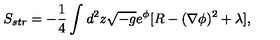
S _ { s t r } = - { \frac { 1 } { 4 } } \int _ { } ^ { } d ^ { 2 } z \sqrt { - g } e ^ { \phi } [ R - ( \nabla \phi ) ^ { 2 } + \lambda ] ,